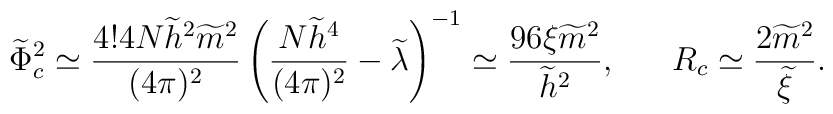
\widetilde{\Phi}^2_c\simeq \frac{4!4N\widetilde{h}^2\widetilde{m}^2}{(4\pi)^2}\left(\frac{N\widetilde{h}^4}{(4\pi)^2}- \widetilde{\lambda} \right)^{-1}\simeq \frac{96\xi\widetilde{m}^2}{\widetilde{h}^2}, \ \ \ \ \ R_c \simeq\frac{2\widetilde{m}^2}{\widetilde{\xi}}.